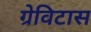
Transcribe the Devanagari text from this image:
ग्रेविटास